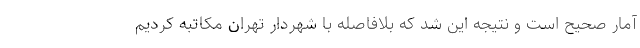
آمار صحیح است و نتیجه این شد که بلافاصله با شهردار تهران مکاتبه کردیم